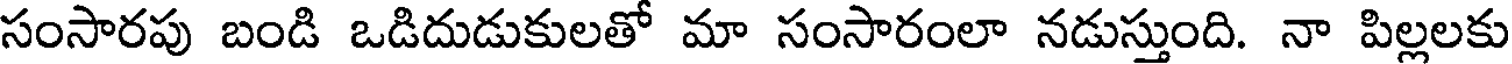
సంసారపు బండి ఒడిదుడుకులతో మా సంసారంలా నడుస్తుంది. నా పిల్లలకు